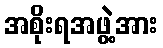
အစိုးရအဖွဲ့အား